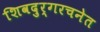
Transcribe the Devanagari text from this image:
शिवदुर्गरचनेत